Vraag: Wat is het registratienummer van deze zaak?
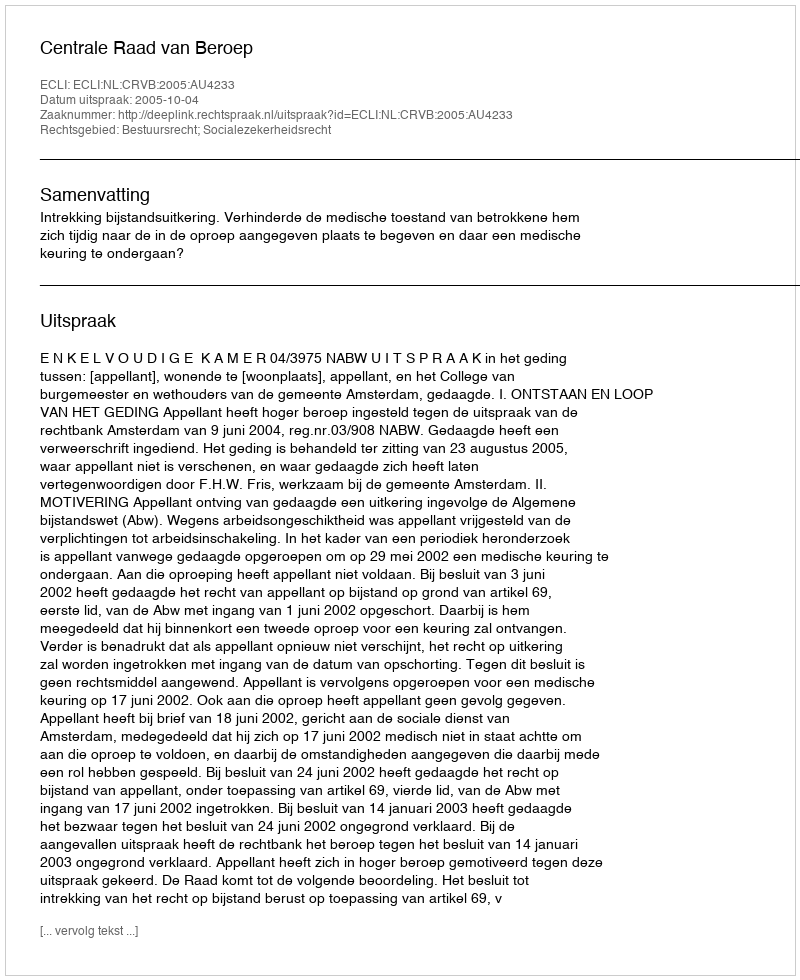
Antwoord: http://deeplink.rechtspraak.nl/uitspraak?id=ECLI:NL:CRVB:2005:AU4233